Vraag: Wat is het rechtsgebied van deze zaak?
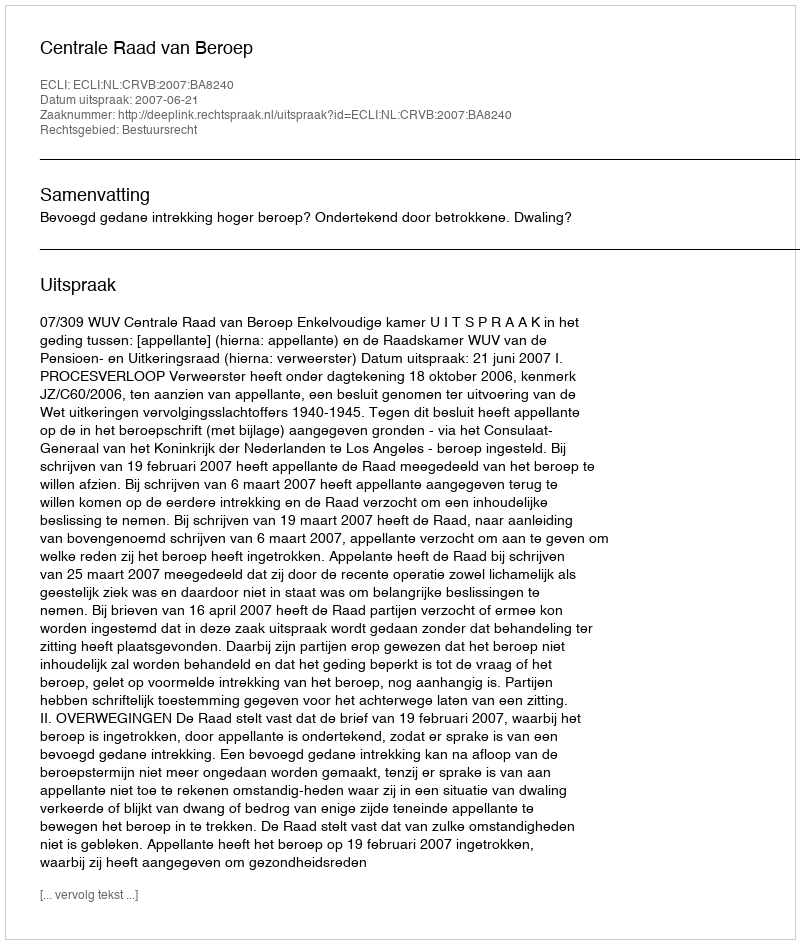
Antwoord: Bestuursrecht